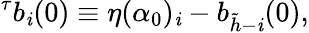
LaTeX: ^{\tau}b_{\mathit{i}}(0)\equiv\eta(\alpha_{0})_{\mathit{i}}-b_{\tilde{{h}}-\mathit{i}}(0),